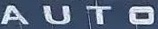
A U T O